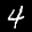
Label: 4